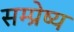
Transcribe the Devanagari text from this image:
सम्प्रेष्य